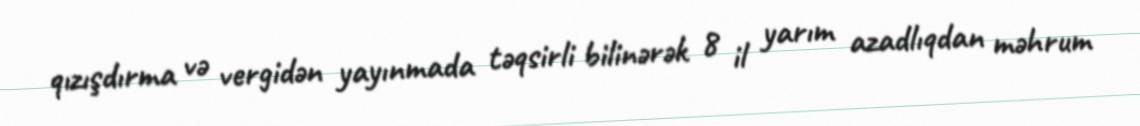
qızışdırma və vergidən yayınmada təqsirli bilinərək 8 il yarım azadlıqdan məhrum